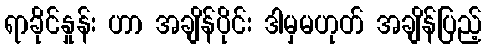
ရာခိုင်နှုန်း ဟာ အချိန်ပိုင်း ဒါမှမဟုတ် အချိန်ပြည့်